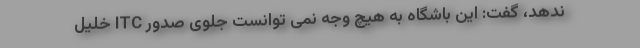
ندهد، گفت: این باشگاه به هیچ وجه نمی توانست جلوی صدور ‌‌‌ITC خلیل